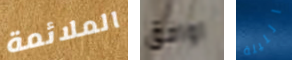
الملائمة اوافق الليلة